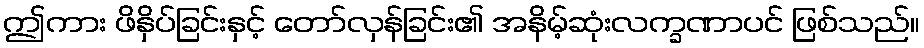
ဤကား ဖိနှိပ်ခြင်းနှင့် တော်လှန်ခြင်း၏ အနိမ့်ဆုံးလက္ခဏာပင် ဖြစ်သည်။